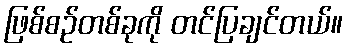
ဖြစ်စဉ်တစ်ခုကို တင်ပြချင်တယ်။